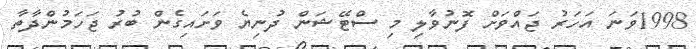
1998ވަނަ އަހަރު ޖައްވަށް ފޮނުވާލި މި ސްޓޭޝަން ދުނިޔެ ވަށައިގެން ބުރު ޖަހަމުންދާތާ